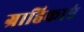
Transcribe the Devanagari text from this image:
ग्राहिकाएं